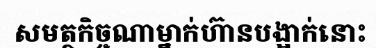
សមត្ថកិច្ចណាម្នាក់ហ៊ានបង្អាក់នោះ